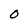
Character: O